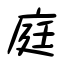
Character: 庭